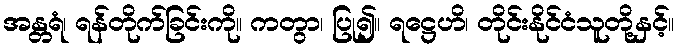
အန္တရံ၊ ရန်တိုက်ခြင်းကို။ ကတွာ၊ ပြု၍။ ရဋ္ဌေဟိ၊ တိုင်းနိုင်ငံသူတို့နှင့်။